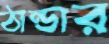
ঠান্ডার